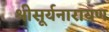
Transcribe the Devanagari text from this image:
श्रीसूर्यनारायण